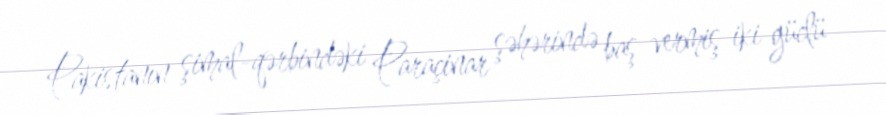
Pakistanın şimal-qərbindəki Paraçinar şəhərində baş vermiş iki güclü